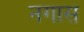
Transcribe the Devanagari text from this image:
नगास